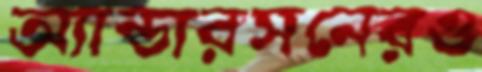
অ্যান্ডারসনেরও